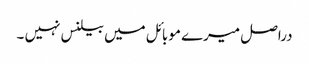
دراصل میرے موبائل میں بیلنس نہیں ۔